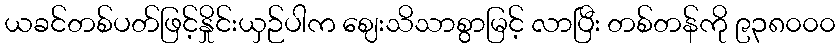
ယခင်တစ်ပတ်ဖြင့်နှိုင်းယှဉ်ပါက ဈေးသိသာစွာမြင့် လာပြီး တစ်တန်ကို ၉၃၈၀၀၀